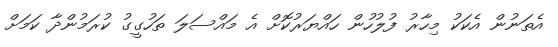
އެތަނުން އެކަކު މިހާރު ފުލުހުން ހައްޔަރުކޮށް އެ މައްސަލަ ތަހުގީގު ކުރަމުންދާ ކަމަށް